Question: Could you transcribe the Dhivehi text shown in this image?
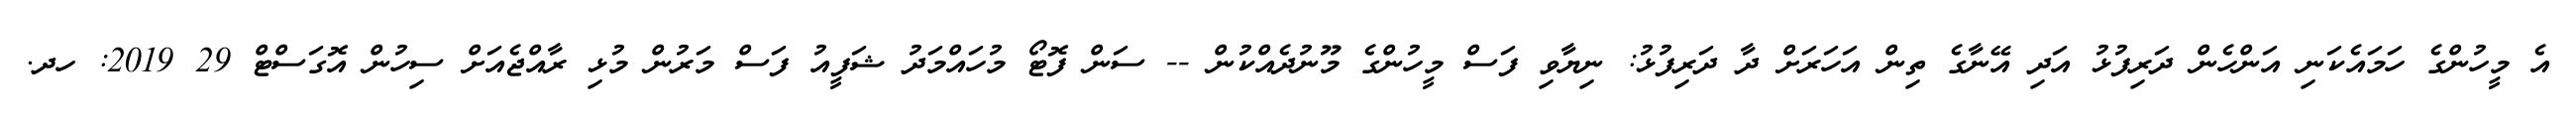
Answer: އެ މީހުންގެ ހަމައެކަނި އަންހެން ދަރިފުޅު އަދި އޭނާގެ ތިން އަހަރަށް ދާ ދަރިފުޅު: ނިޔާވި ފަސް މީހުންގެ މޫނުދެއްކުން -- ސަން ފޮޓޯ މުހައްމަދު ޝަފީއު ފަސް މަރުން މުޅި ރާއްޖެއަށް ސިހުން އޮގަސްޓް 29 2019: ހދ.